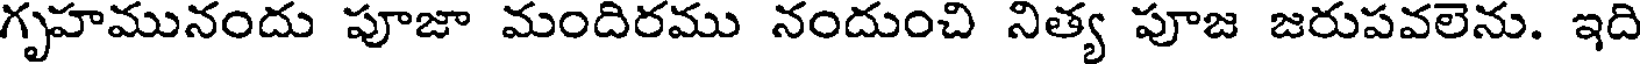
గృహమునందు పూజా మందిరము నందుంచి నిత్య పూజ జరుపవలెను. ఇది